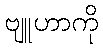
ဗျူဟာကို